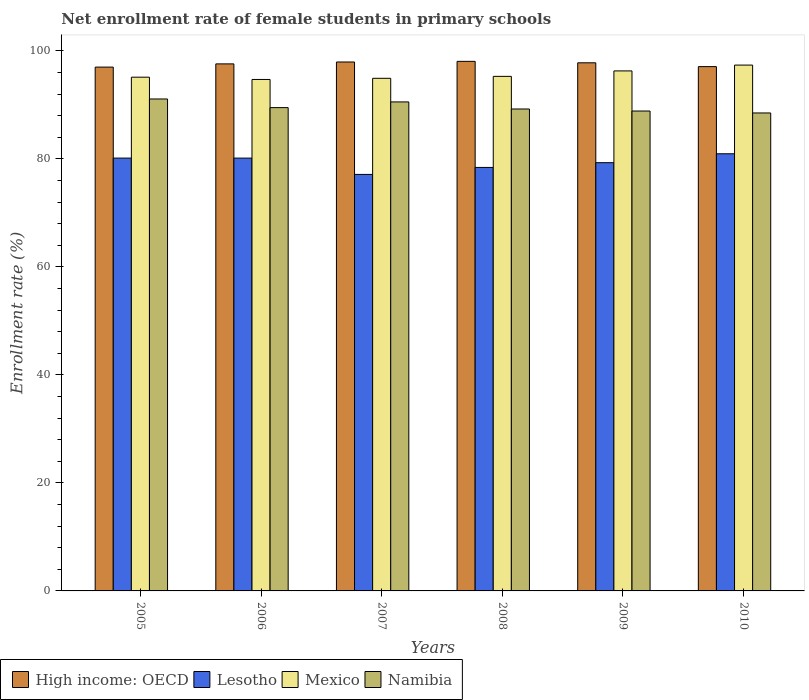
| Years | High income: OECD | Lesotho | Mexico | Namibia |
 | --- | --- | --- | --- | --- |
 | 2005 | 97 | 80.2 | 95.1 | 91.1 |
 | 2006 | 97.6 | 80.2 | 94.7 | 89.5 |
 | 2007 | 98 | 77.1 | 94.9 | 90.6 |
 | 2008 | 98.1 | 78.4 | 95.3 | 89.3 |
 | 2009 | 97.8 | 79.3 | 96.3 | 88.9 |
 | 2010 | 97.1 | 81 | 97.4 | 88.5 |